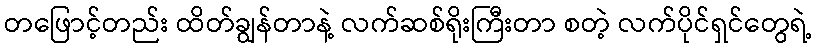
တဖြောင့်တည်း ထိတ်ချွန်တာနဲ့ လက်ဆစ်ရိုးကြီးတာ စတဲ့ လက်ပိုင်ရှင်တွေရဲ့